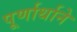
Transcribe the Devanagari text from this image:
पूर्णार्थाने